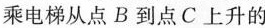
乘电梯从点B到点C上升的